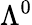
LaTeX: \Lambda^{0}